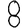
Digit: 8